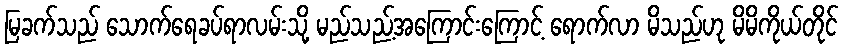
မြခက်သည် သောက်ရေခပ်ရာလမ်းသို့ မည်သည့်အကြောင်းကြောင့် ရောက်လာ မိသည်ဟု မိမိကိုယ်တိုင်